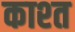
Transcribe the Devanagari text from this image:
काश्‍त